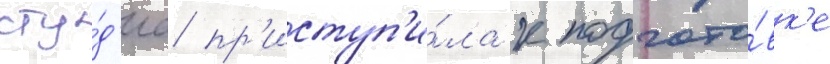
сту́д'иа пр'иступ'и́ла к подгото́вк'е